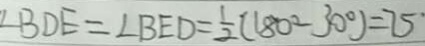
\angle B D E = \angle B E D = \frac { 1 } { 2 } ( 1 8 0 ^ { \circ } - 3 0 ^ { \circ } ) = 7 5 ^ { \circ }